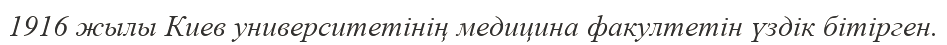
1916 жылы Киев университетінің медицина факултетін үздік бітірген.